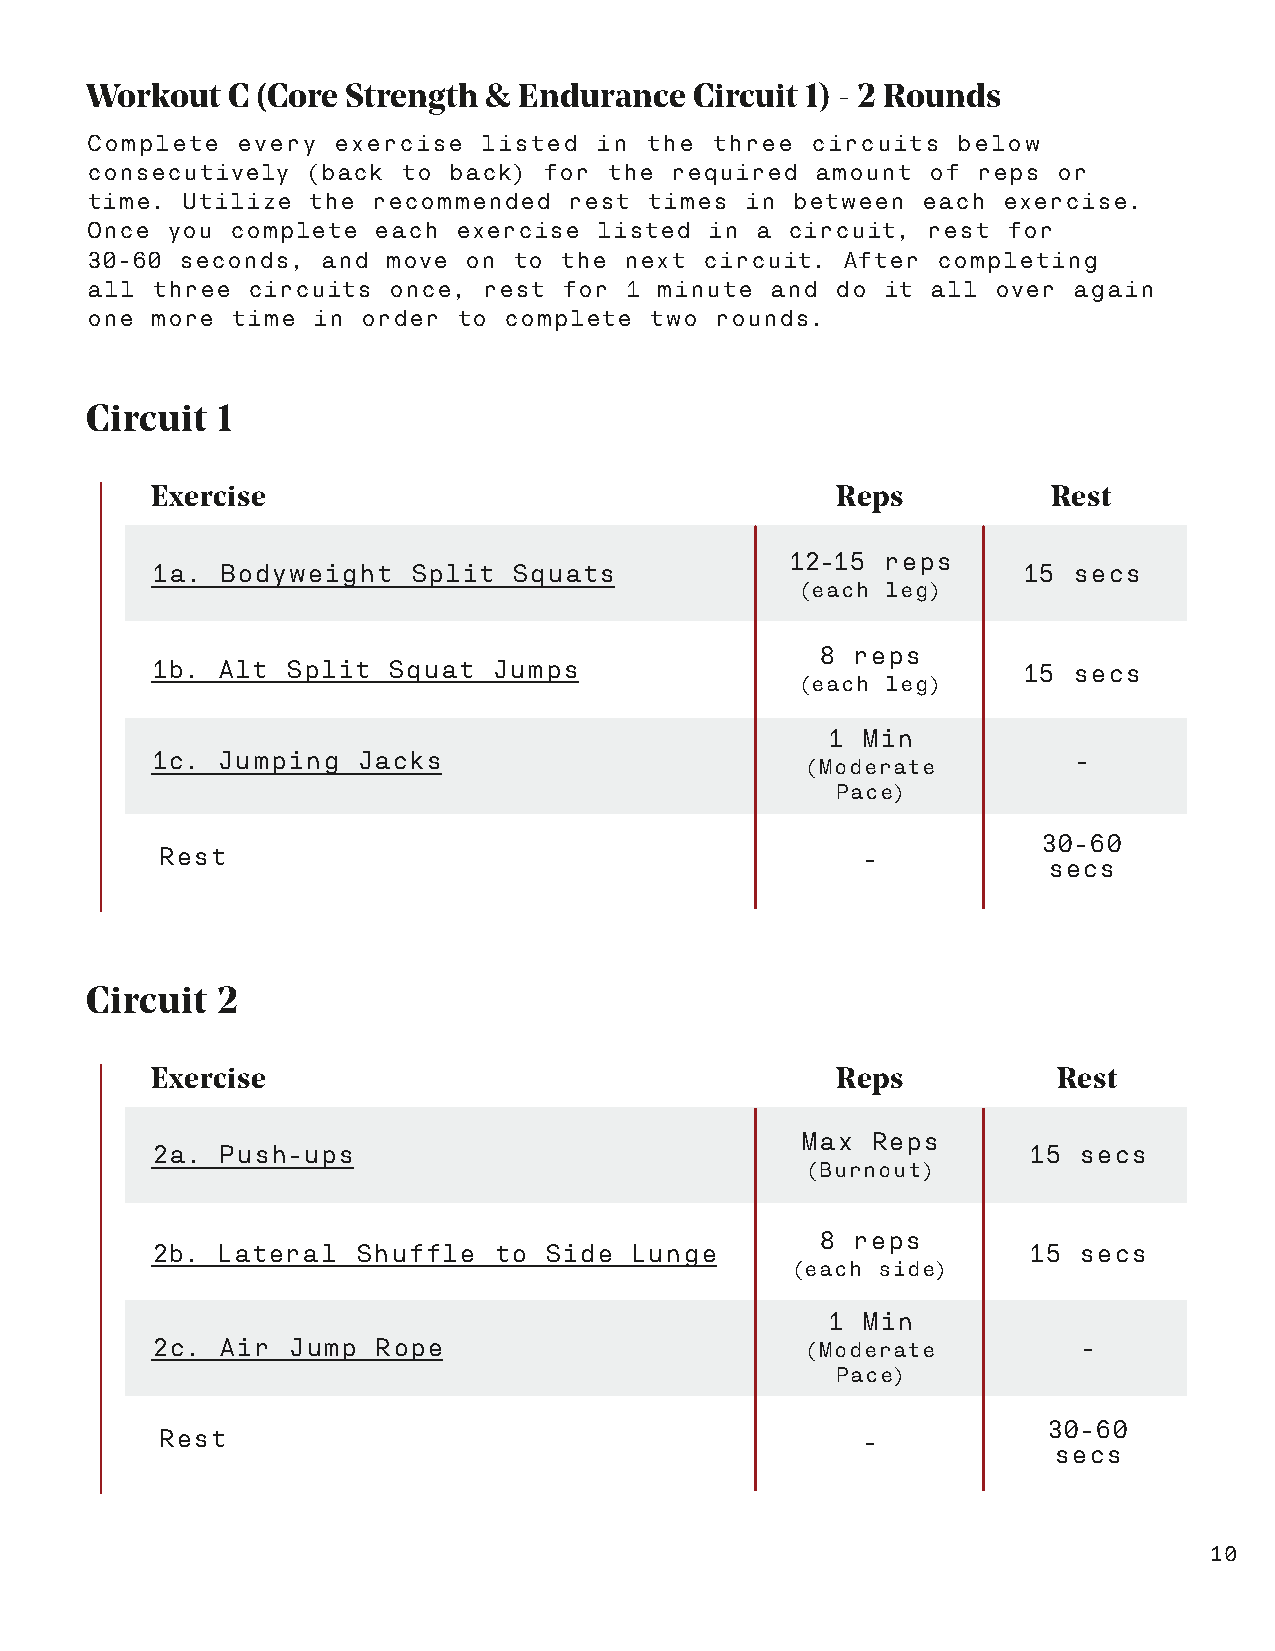
Workout  C (Core Strength & Endurance   Circuit 1) - 2 Rounds
 Complete  every exercise  listed in  the three  circuits below
 consecutively (back  to back) for the required  amount of  reps or
 time. Utilize the  recommended  rest times in between  each exercise.
 Once you complete  each exercise  listed in a circuit, rest  for
 30-60 seconds, and move  on to the next  circuit. After completing
 all three circuits  once, rest for 1  minute and do it all  over again
 one more time  in order to complete  two rounds.
 Circuit 1
 Exercise                                     Reps           Rest
 12-15 reps
 1a. Bodyweight   Split  Squats                            15 secs
 (each leg)
 8 reps
 1b. Alt  Split  Squat  Jumps                              15 secs
 (each leg)
 1 Min
 1c. Jumping   Jacks                                          -
 (Moderate
 Pace)
 30-60
 Rest                                           -
 secs
 Circuit 2
 Exercise                                     Reps           Rest
 Max  Reps
 2a. Push-ups                                              15 secs
 (Burnout)
 8 reps
 2b. Lateral   Shuffle  to Side  Lunge                     15 secs
 (each side)
 1 Min
 2c.  Air Jump  Rope                        (Moderate         -
 Pace)
 30-60
 Rest                                           -
 secs
 10